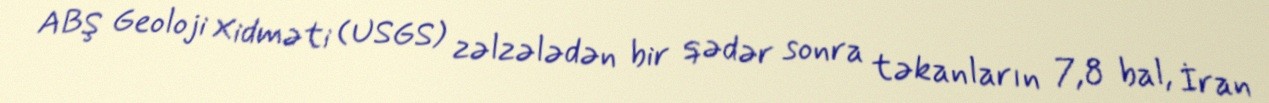
ABŞ Geoloji Xidməti (USGS) zəlzələdən bir qədər sonra təkanların 7,8 bal, İran